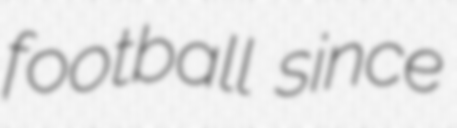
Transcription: football since